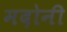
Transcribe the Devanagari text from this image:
मदोनी